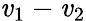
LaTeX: \mathit{v}_{1}-\mathit{v}_{2}